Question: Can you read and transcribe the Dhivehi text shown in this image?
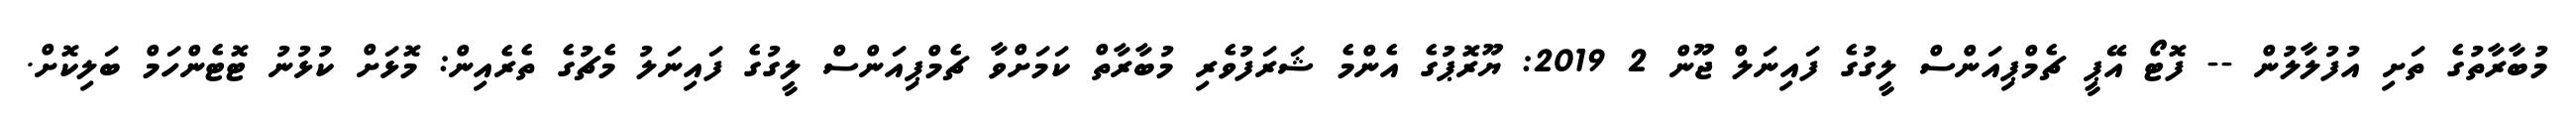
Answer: މުބާރާތުގެ ތަށި އުފުލާލުން -- ފޮޓޯ އޭޕީ ޗެމްޕިއަންސް ލީގުގެ ފައިނަލް ޖޫން 2 2019: ޔޫރޮޕުގެ އެންމެ ޝަރަފުވެރި މުބާރާތް ކަމަށްވާ ޗެމްޕިއަންސް ލީގުގެ ފައިނަލު މެޗުގެ ތެރެއިން: މޮޅަށް ކުޅުނު ޓޮޓެންހަމް ބަލިކޮށް.